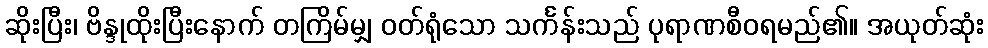
ဆိုးပြီး၊ ဗိန္ဒုထိုးပြီးနောက် တကြိမ်မျှ ဝတ်ရုံသော သင်္ကန်းသည် ပုရာဏစီဝရမည်၏။ အယုတ်ဆုံး